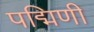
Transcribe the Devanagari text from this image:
पद्मिणी